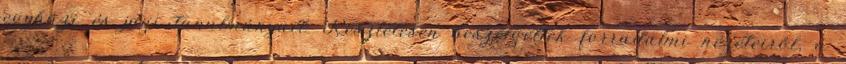
egyházi és jogi tanulmányait. Részletesen beszélgettek forradalmi nézeteiről, a